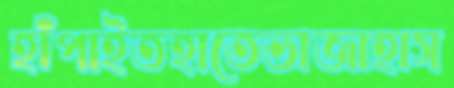
হাঁপাইতহাতেভাজাহাস